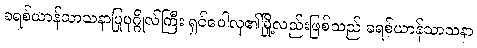
ခရစ်ယာန်သာသနာပြုပုဂ္ဂိုလ်ကြီး ရှင်ပေါလု၏မြို့လည်းဖြစ်သည် ခရစ်ယာန်သာသနာ